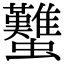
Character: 𧕴